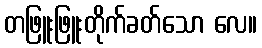
တဖြူးဖြူးတိုက်ခတ်သော လေ။